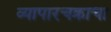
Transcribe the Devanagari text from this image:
व्यापारचक्राचा